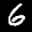
Label: 6